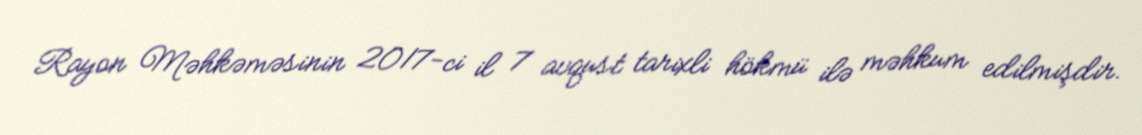
Rayon Məhkəməsinin 2017-ci il 7 avqust tarixli hökmü ilə məhkum edilmişdir.